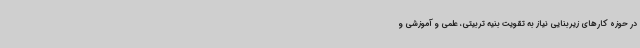
در حوزه کارهای زیربنایی نیاز به تقویت بنیه تربیتی، علمی و آموزشی و